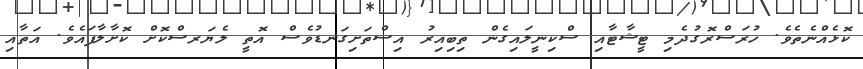
ކޮޅެއްނެތެވެ. ހުރަސްރޮގުދެމި ޓީޝާޓާއި ސްކިނީލައިގެން ތިބިއިރު އިސްތަށިގަނޑުވެސް އޮތީ ލެޔަރސްކޮށް ކޮށާލާފައެވެ. އަތާއި